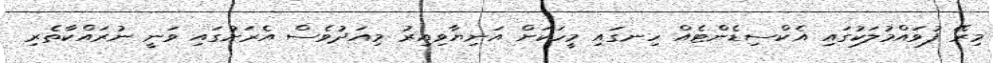
މިރޭ ފުވައްމުލަކުގައި އެކްސިޑެންޓެއް ހިނގައި މީހަކަށް އަނިޔާވިއިރު މިއަދުވެސް އެރަށުގައި ވަނީ ނުރައްކާތެރި